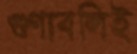
গুণাবলিই